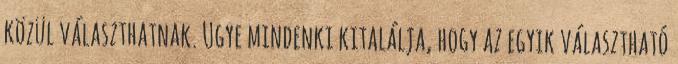
közül választhatnak. Ugye mindenki kitalálja, hogy az egyik választható